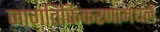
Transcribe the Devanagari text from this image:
जागतिकिकरणामधले